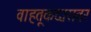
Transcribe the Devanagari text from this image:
वाहतूकदारावर